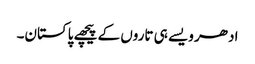
ادھر ویسے ہی تاروں کے پیچھے پاکستان۔